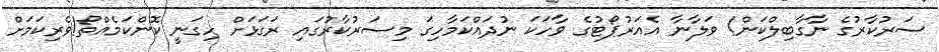
ސަރުކާރުގެ ނާގާބިލްކަން! ވަލާނާ އެއަރުޕޯޓުގެ ވާހަކަ ނުދައްކަމާހިގަ މިސަރުކާރުގައި ރަގަޅަށް ހިގަނީ ކޮންކަމެއްތޯ!ވެރިކަމަށް